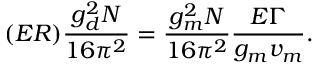
( E R ) \frac { g _ { d } ^ { 2 } N } { 1 6 \pi ^ { 2 } } = \frac { g _ { m } ^ { 2 } N } { 1 6 \pi ^ { 2 } } \frac { E \Gamma } { g _ { m } v _ { m } } .